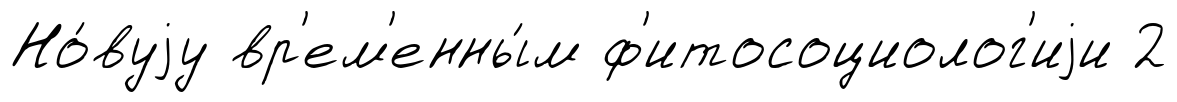
Но́вуjу вр'ем'енны́м ф'итосоциолог'иjи 2